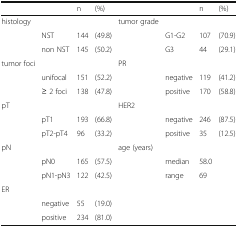
<table><thead><tr><td></td><td></td><td><b>n</b></td><td><b>(%)</b></td><td></td><td></td><td><b>n</b></td><td><b>(%)</b></td></tr></thead><tbody><tr><td>histology</td><td></td><td></td><td></td><td>tumor grade</td><td></td><td></td><td></td></tr><tr><td></td><td>NST</td><td>144</td><td>(49.8)</td><td></td><td>G1-G2</td><td>107</td><td>(70.9)</td></tr><tr><td></td><td>non NST</td><td>145</td><td>(50.2)</td><td></td><td>G3</td><td>44</td><td>(29.1)</td></tr><tr><td>tumor foci</td><td></td><td></td><td></td><td>PR</td><td></td><td></td><td></td></tr><tr><td></td><td>unifocal</td><td>151</td><td>(52.2)</td><td></td><td>negative</td><td>119</td><td>(41.2)</td></tr><tr><td></td><td>≥ 2 foci</td><td>138</td><td>(47.8)</td><td></td><td>positive</td><td>170</td><td>(58.8)</td></tr><tr><td>pT</td><td></td><td></td><td></td><td>HER2</td><td></td><td></td><td></td></tr><tr><td></td><td>pT1</td><td>193</td><td>(66.8)</td><td></td><td>negative</td><td>246</td><td>(87.5)</td></tr><tr><td></td><td>pT2-pT4</td><td>96</td><td>(33.2)</td><td></td><td>positive</td><td>35</td><td>(12.5)</td></tr><tr><td>pN</td><td></td><td></td><td></td><td>age (years)</td><td></td><td></td><td></td></tr><tr><td></td><td>pN0</td><td>165</td><td>(57.5)</td><td></td><td>median</td><td>58.0</td><td></td></tr><tr><td></td><td>pN1-pN3</td><td>122</td><td>(42.5)</td><td></td><td>range</td><td>69</td><td></td></tr><tr><td colspan="8">ER</td></tr><tr><td></td><td>negative</td><td>55</td><td>(19.0)</td><td></td><td></td><td></td><td></td></tr><tr><td></td><td>positive</td><td>234</td><td>(81.0)</td><td></td><td></td><td></td><td></td></tr></tbody></table>